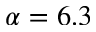
\alpha = 6 . 3